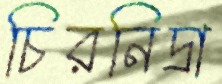
চিরনিদ্রা